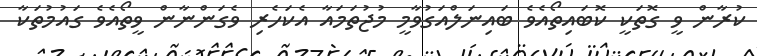
ކުރާން ވީ ގޮތަކީ ކޮބައިތޯއެވެ ބައިނަލްއަގުވާމީ މުޖުތަމައާ އެކަހެރި ވެގަންނާން ވީތޯއެވެ ގައުމުތަކާ